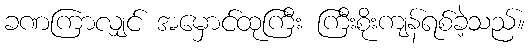
ခဏကြာလျှင် အမှောင်ထုကြီး ကြီးစိုးကျန်ရစ်ခဲ့သည်။